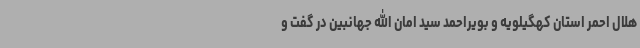
هلال احمر استان کهگیلویه و بویراحمد سید امان الله جهانبین در گفت و